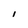
Character: l